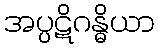
အပ္ပဋိဂန္ဓိယာ